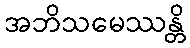
အဘိသမေဿန္တိ